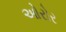
ઓરોર